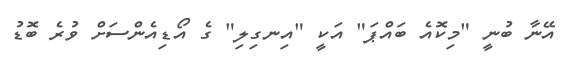
އޭނާ ބުނީ "މިކޮއެ ބައްޕަ" އަކީ "އިނގިލި" ގެ އޯޑިއެންސަށް ވުރެ ބޮޑު